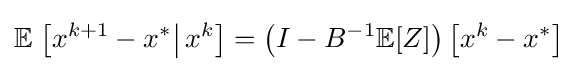
\mathbb {E} \left.\left[x^{k+1}-x^{*}\right|x^{k}\right]=\left(I-B^{-1}\mathbb {E} [Z]\right)\left[x^{k}-x^{*}\right]